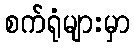
စက်ရုံများမှာ